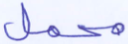
محمل